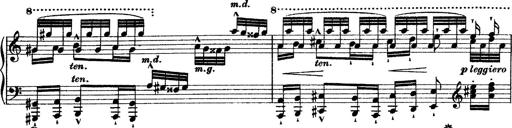
Title: Grande fantasie di bravura sur La clochette
Composer: Franz Liszt
Key: A minor